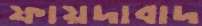
ফায়দাবাদ